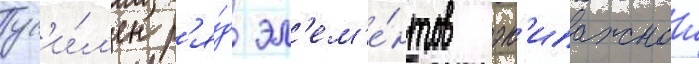
ус'и́л'ен р'я́д эл'ем'е́нтов эк'ипажнои